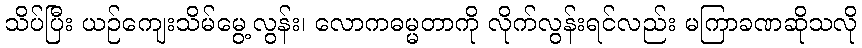
သိပ်ပြီး ယဉ်ကျေးသိမ်မွေ့လွန်း၊ လောကဓမ္မတာကို လိုက်လွန်းရင်လည်း မကြာခဏဆိုသလို